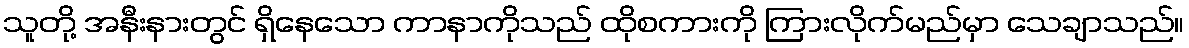
သူတို့ အနီးနားတွင် ရှိနေသော ကာနာကိုသည် ထိုစကားကို ကြားလိုက်မည်မှာ သေချာသည်။